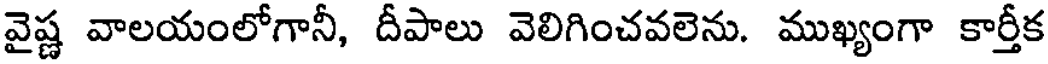
వైష్ణ వాలయంలోగానీ, దీపాలు వెలిగించవలెను. ముఖ్యంగా కార్తీక